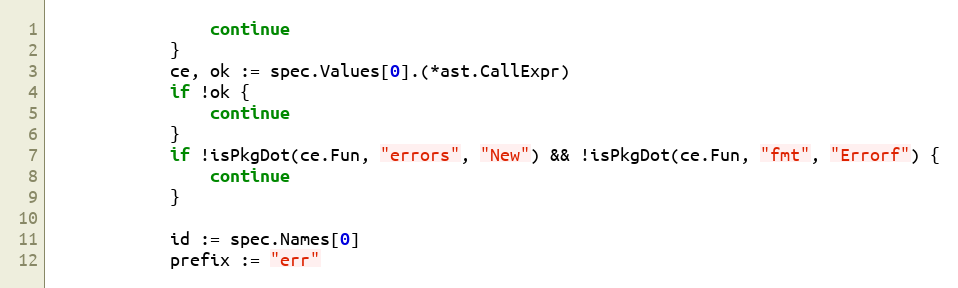
Language: Go
				continue
			}
			ce, ok := spec.Values[0].(*ast.CallExpr)
			if !ok {
				continue
			}
			if !isPkgDot(ce.Fun, "errors", "New") && !isPkgDot(ce.Fun, "fmt", "Errorf") {
				continue
			}

			id := spec.Names[0]
			prefix := "err"